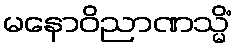
မနောဝိညာဏသ္မိံ